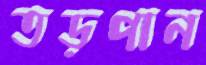
তড়পান